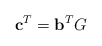
\begin{align*}\mathbf{c}^T = \mathbf{b}^T G\end{align*}